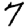
Digit: 7